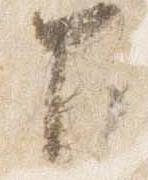
下